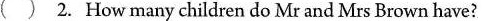
( ) 2. How many children do Mr and Mrs Brown have?